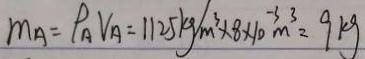
m _ { A } = \rho _ { A } V _ { A } = 1 1 2 5 k g / m ^ { 3 } \times 8 \times 1 0 ^ { - 3 } m ^ { 3 } = 9 k g